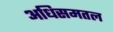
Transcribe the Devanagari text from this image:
अधिसमतल